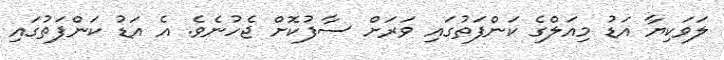
ލަވަކިޔާ އަޑު މިއަލްގެ ކަންފަތުގައި ވަރަށް ސާފުކޮށް ޖެހުނެވެ. އެ އަޑު ކަންފަތުގައި